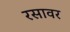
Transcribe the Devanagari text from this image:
रसावर